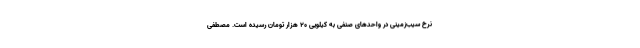
نرخ سیب‌زمینی در واحدهای صنفی به کیلویی 20 هزار تومان رسیده است. مصطفی